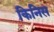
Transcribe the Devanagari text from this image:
किनिस